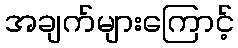
အချက်များကြောင့်